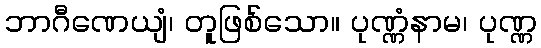
ဘာဂီဏေယျံ၊ တူဖြစ်သော။ ပုဏ္ဏံနာမ၊ ပုဏ္ဏ